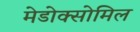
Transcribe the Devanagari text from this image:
मेडोक्सोमिल